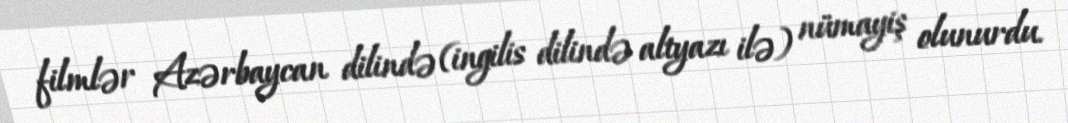
filmlər Azərbaycan dilində (ingilis dilində altyazı ilə) nümayiş olunurdu.